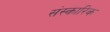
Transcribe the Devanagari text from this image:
संस्कारिक